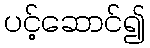
ပင့်ဆောင်၍